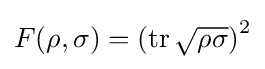
F(\rho ,\sigma )=\left(\operatorname {tr} {\sqrt {\rho \sigma }}\right)^{2}